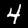
Label: 4